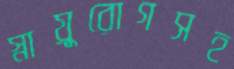
স্নায়ুরোগসহ